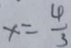
x = \frac { 4 } { 3 }